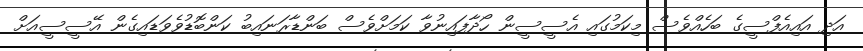
އަދި އައިއެފްސީގެ ބަހެއްވެސް މިކަމުގައި އެސީސީން ހޯދާފައިނުވާ ކަމަށްވެސް ބަންޑާރަނައިބު ކަންބޮޑުވެވަޑައިގެން އޭސީސީއަށް